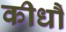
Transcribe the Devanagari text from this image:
कीधौं